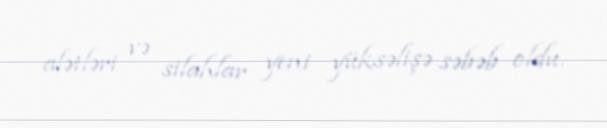
alətləri və silahlar yeni yüksəlişə səbəb oldu.